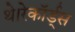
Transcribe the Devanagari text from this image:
थे।रेकॉर्ड्स